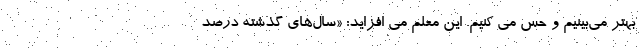
بهتر می‌بینیم و حس می کنیم. این معلم می افزاید: «سال‌های گذشته درصد